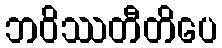
ဘဝိဿတီတိပေ